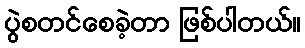
ပွဲစတင်စေခဲ့တာ ဖြစ်ပါတယ်။